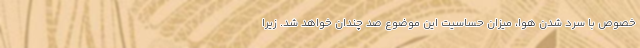
خصوص با سرد شدن هوا، میزان حساسیت این موضوع صد چندان خواهد شد. زیرا